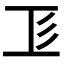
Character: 𢒄